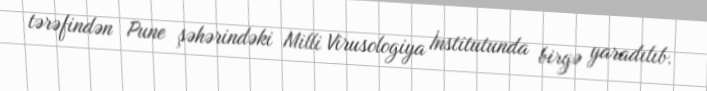
tərəfindən Pune şəhərindəki Milli Virusologiya İnstitutunda birgə yaradılıb.